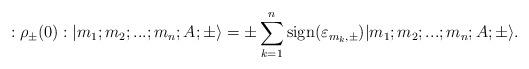
LaTeX: \begin{align*}:{\rho}_{\pm}(0): |m_1;m_2;...;m_n; A;\pm \rangle =\pm \sum_{k=1}^{n} {\rm sign}({\varepsilon}_{m_k,\pm})|m_1;m_2;...;m_n; A;\pm \rangle.\end{align*}